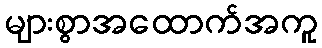
များစွာအထောက်အကူ